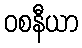
ဝစနီယာ